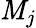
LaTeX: \mathit{M}_{j}